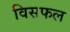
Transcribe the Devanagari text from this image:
विसफल